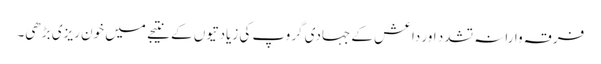
فرقہ وارانہ تشدد اور داعش کے جہادی گروپ کی زیادتیوں کے نتیجے میں خون ریزی بڑھی۔